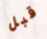
قبل